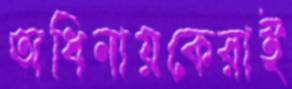
অধিনায়কেরাই